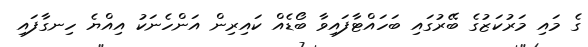
ގެ މައި މަރުކަޒުގެ ބޭރުގައި ބަހައްޓާފައިވާ ބޯޑެއް ކައިރިން އަންހެނަކު އިއްޔެ ހިނގާފައި